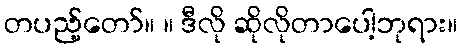
တပည့်တော်။ ။ ဒီလို ဆိုလိုတာပေါ့ဘုရား။